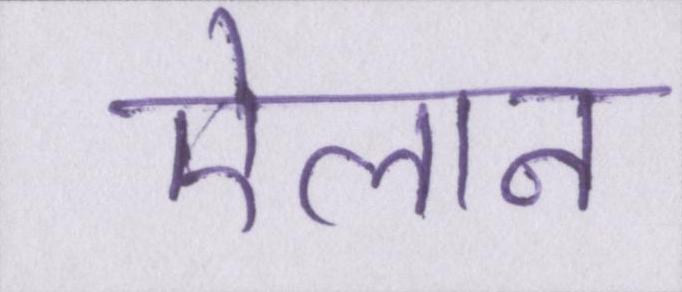
ऐलान